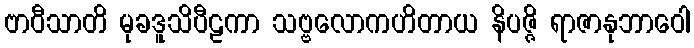
ဗာဝီသာတိ မုခဒူသိပီဠကာ သဗ္ဗလောကဟိတာယ နိပဇ္ဇိ ရာဇာနုဘာဝေါ